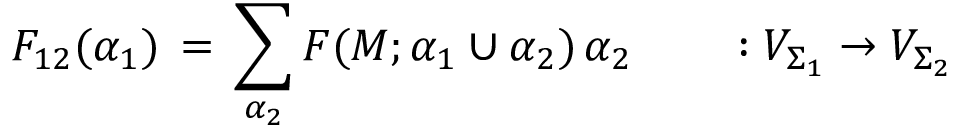
F _ { 1 2 } ( \alpha _ { 1 } ) \, = \, \sum _ { \alpha _ { 2 } } F ( M ; \alpha _ { 1 } \cup \alpha _ { 2 } ) \, \alpha _ { 2 } \qquad : V _ { \Sigma _ { 1 } } \rightarrow V _ { \Sigma _ { 2 } }